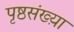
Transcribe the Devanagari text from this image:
पृष्ठसंख्य़ा